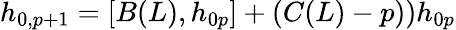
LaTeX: h_{0,p+1}=[B(L),h_{0p}]+\left(C(L)-p)\right)h_{0p}